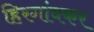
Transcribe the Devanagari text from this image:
हिरगांवकर